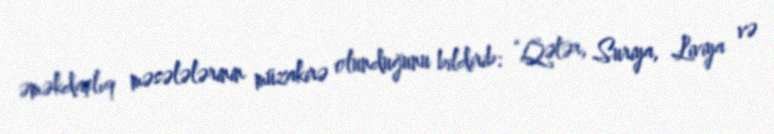
əməkdaşlıq məsələlərinin müzakirə olunduğunu bildirib: “Qətər, Suriya, Liviya və